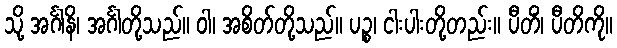
သို့ အင်္ဂါနိ၊ အင်္ဂါတို့သည်။ ဝါ၊ အစိတ်တို့သည်။ ပဉ္စ၊ ငါးပါးတို့တည်း။ ပီတိံ၊ ပီတိကို။